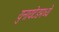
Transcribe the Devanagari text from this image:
युनायटेडमध्ये